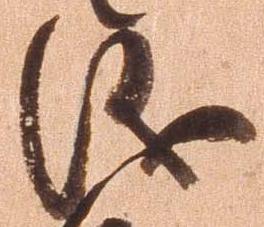
儀